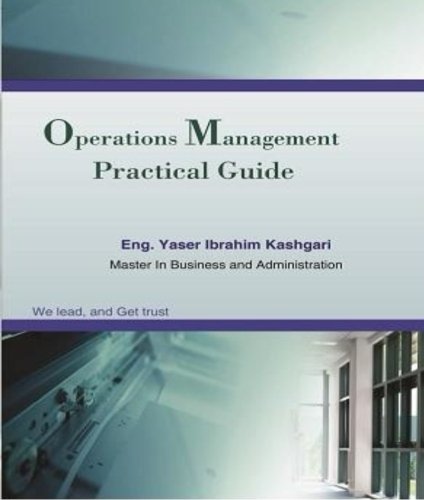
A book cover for Operations Management: Practical Guide To Operations Management; Eng. Yaser Ibrahim Kashgari; Business & Money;